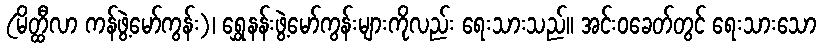
(မိတ္ထီလာ ကန်ဖွဲ့မော်ကွန်း)၊ ရွှေနန်းဖွဲ့မော်ကွန်းများကိုလည်း ရေးသားသည်။ အင်းဝခေတ်တွင် ရေးသားသော